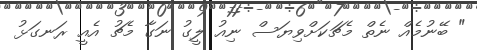
" ބޭނުމެއް ނެތް މެޗަކަށްވިޔަސް ނިއު ލީގު ނަގާ މެޗު އެއީ ރަނގަޅު